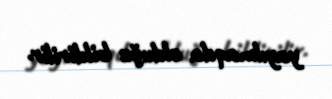
yayılmaqda olduğu bildirilir.